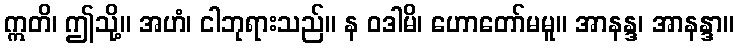
ဣတိ၊ ဤသို့။ အဟံ၊ ငါဘုရားသည်။ န ဝဒါမိ၊ ဟောတော်မမူ။ အာနန္ဒ၊ အာနန္ဒာ။